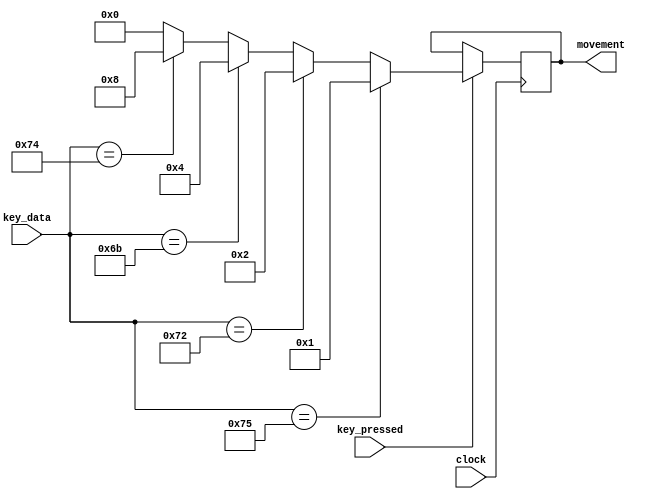
module PS2_Keyboard (clock, key_data, key_pressed, movement);
	input clock;
	input key_pressed;
	input [7:0]key_data;
	output reg [3:0]movement;
	
	always@(posedge clock)
	if(key_pressed)begin
		if(key_data == 8'hE075)	//up
			movement <= 4'b0001;
		else if(key_data == 8'hE072)	//down
			movement <= 4'b0010;
		else if(key_data == 8'hE06B)	//left
			movement <= 4'b0100;
		else if(key_data == 8'hE074)	//right
			movement <= 4'b1000;
		else
			movement <= 4'b0000;
	end
/*	
	PS2_Controller PS2 (
	// Inputs
	.CLOCK_50			(CLOCK_50),
	.reset				(0),

	// Bidirectionals
	.PS2_CLK			(PS2_CLK),
 	.PS2_DAT			(PS2_DAT),

	// Outputs
	.received_data		(ps2_key_data),
	.received_data_en	(ps2_key_pressed)
	);*/
endmodule